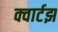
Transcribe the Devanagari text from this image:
क्वार्टझ